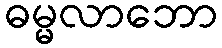
ဓမ္မလာဘော